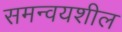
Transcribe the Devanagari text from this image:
समन्वयशील